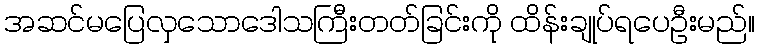
အဆင်မပြေလှသောဒေါသကြီးတတ်ခြင်းကို ထိန်းချုပ်ရပေဦးမည်။